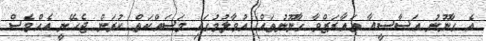
އެ ގާނޫނު އަސާސީއާ ތައާރަޒްވާ ގާނޫނުތައް އުވާލުމުގައި މަސައްކަތް ކުރަން ޖެހޭނީ އެއްވެސް